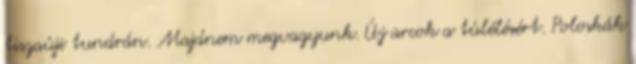
tiszaúji tundrán. Majdnem megvagyunk. Új arcok a túlélésért. Poloskák